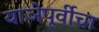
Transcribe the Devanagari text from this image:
याञेपूर्वीचा